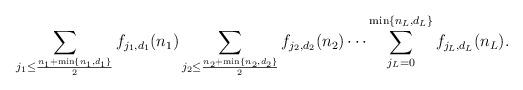
LaTeX: \begin{align*} \sum_{j_1 \leq \frac{n_1 + \min\{n_1, d_1\}}{2}} f_{j_1,d_1}(n_1) \sum_{j_2 \leq \frac{n_2 + \min\{n_2, d_2\}}{2}} f_{j_2,d_2}(n_2) \dots \sum_{j_L = 0}^{\min\{n_L,d_L\}} f_{j_L,d_L}(n_L).\end{align*}